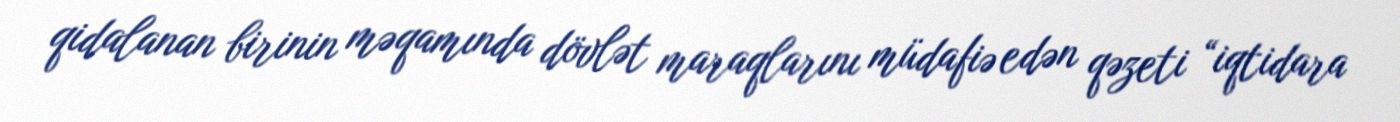
qidalanan birinin məqamında dövlət maraqlarını müdafiə edən qəzeti “iqtidara